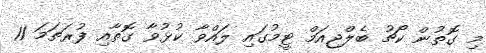
މި ގޮތުން ކޯޗު ބެލްޖިއަމް ޓީމުގައި ލައްވާ ކުޅުވާ ގޮތާއި ފުރަތަމަ 11